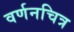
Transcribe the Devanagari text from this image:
वर्णनचित्र